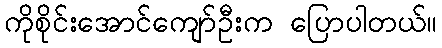
ကိုစိုင်းအောင်ကျော်ဦးက ပြောပါတယ်။